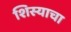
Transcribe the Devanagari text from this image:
शिस्याचा